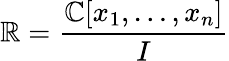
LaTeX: \mathbb{R}={\frac{{\mathbb{{C}}[x_{1},\ldots,x_{n}]}}{{I}}}